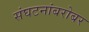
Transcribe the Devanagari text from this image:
संघटनांबरोबर